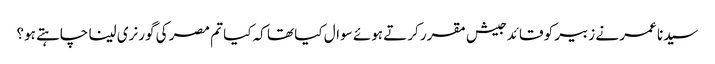
سیدنا عمر نے زبیر کو قائد جیش مقرر کرتے ہوئے سوال کیا تھا کہ کیا تم مصر کی گورنری لینا چاہتے ہو؟